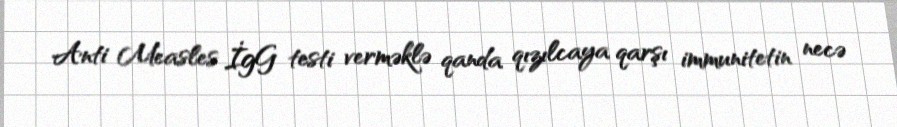
Anti Measles İgG testi verməklə qanda qızılcaya qarşı immunitetin necə